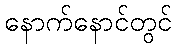
နောက်နောင်တွင်